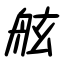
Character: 舷